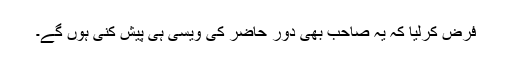
فرض کرلیا کہ یہ صاحب بھی دورِ حاضر کی ویسی ہی پیش کنی ہوں گے۔